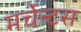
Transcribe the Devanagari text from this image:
मर्चेन्टस